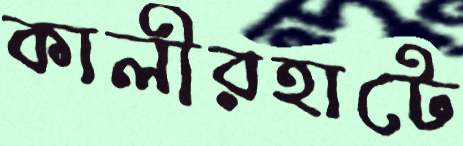
কালীরহাটে